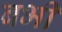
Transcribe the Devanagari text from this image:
बभी